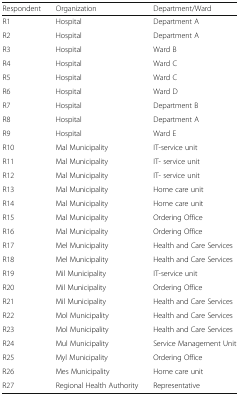
<table><thead><tr><td><b>Respondent</b></td><td><b>Organization</b></td><td><b>Department/Ward</b></td></tr></thead><tbody><tr><td>R1</td><td>Hospital</td><td>Department A</td></tr><tr><td>R2</td><td>Hospital</td><td>Department A</td></tr><tr><td>R3</td><td>Hospital</td><td>Ward B</td></tr><tr><td>R4</td><td>Hospital</td><td>Ward C</td></tr><tr><td>R5</td><td>Hospital</td><td>Ward C</td></tr><tr><td>R6</td><td>Hospital</td><td>Ward D</td></tr><tr><td>R7</td><td>Hospital</td><td>Department B</td></tr><tr><td>R8</td><td>Hospital</td><td>Department A</td></tr><tr><td>R9</td><td>Hospital</td><td>Ward E</td></tr><tr><td>R10</td><td>Mal Municipality</td><td>IT-service unit</td></tr><tr><td>R11</td><td>Mal Municipality</td><td>IT- service unit</td></tr><tr><td>R12</td><td>Mal Municipality</td><td>IT- service unit</td></tr><tr><td>R13</td><td>Mal Municipality</td><td>Home care unit</td></tr><tr><td>R14</td><td>Mal Municipality</td><td>Home care unit</td></tr><tr><td>R15</td><td>Mal Municipality</td><td>Ordering Office</td></tr><tr><td>R16</td><td>Mal Municipality</td><td>Ordering Office</td></tr><tr><td>R17</td><td>Mel Municipality</td><td>Health and Care Services</td></tr><tr><td>R18</td><td>Mel Municipality</td><td>Health and Care Services</td></tr><tr><td>R19</td><td>Mil Municipality</td><td>IT-service unit</td></tr><tr><td>R20</td><td>Mil Municipality</td><td>Ordering Office</td></tr><tr><td>R21</td><td>Mil Municipality</td><td>Health and Care Services</td></tr><tr><td>R22</td><td>Mol Municipality</td><td>Health and Care Services</td></tr><tr><td>R23</td><td>Mol Municipality</td><td>Health and Care Services</td></tr><tr><td>R24</td><td>Mul Municipality</td><td>Service Management Unit</td></tr><tr><td>R25</td><td>Myl Municipality</td><td>Ordering Office</td></tr><tr><td>R26</td><td>Mes Municipality</td><td>Home care unit</td></tr><tr><td>R27</td><td>Regional Health Authority</td><td>Representative</td></tr></tbody></table>